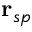
\mathbf { r } _ { s p }